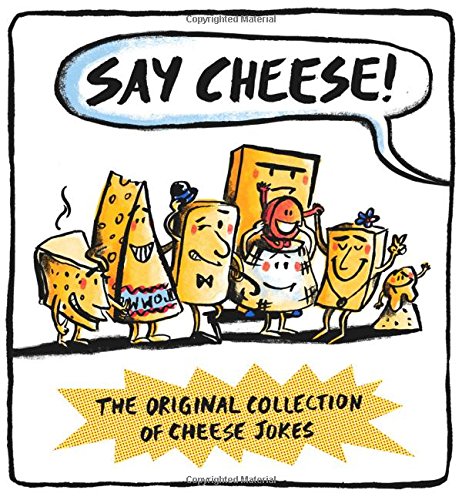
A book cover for Say Cheese; Wesley Dale; Humor & Entertainment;